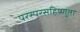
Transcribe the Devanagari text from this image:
परस्परसहिष्णुता